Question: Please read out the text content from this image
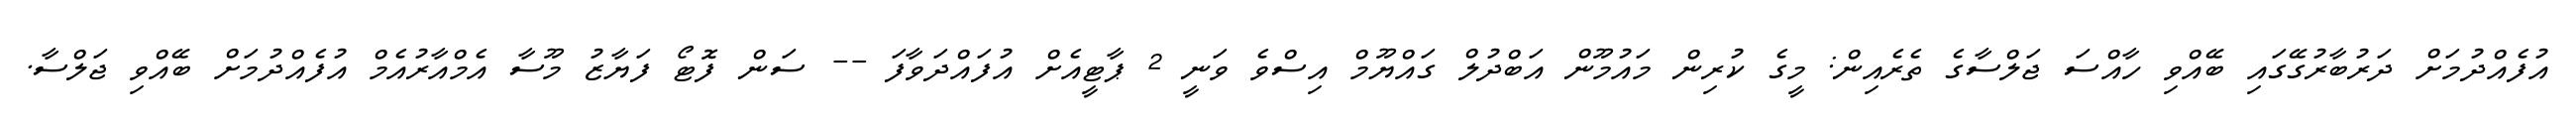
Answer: އުފެއްދުމަށް ދަރުބާރުގޭގައި ބޭއްވި ހާއްސަ ޖަލްސާގެ ތެރެއިން: މީގެ ކުރިން މައުމޫން އަބްދުލް ގައްޔޫމް އިސްވެ ވަނީ 2 ޕާޓީއެށް އުފައްދަވާފަ -- ސަން ފޮޓޯ ފަޔާޒު މޫސާ އެމްއާރުއެމް އުފެއްދުމަށް ބޭއްވި ޖަލްސާ.